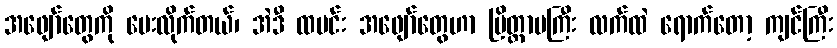
အဖျော်တွေကို ပေးလိုက်တယ်၊ အဲဒီ ထမင်း အဖျော်တွေဟာ ပြိတ္တာမကြီး လက်ထဲ ရောက်တော့ ကျင်ကြီး